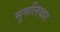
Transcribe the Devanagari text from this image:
मुसलियार